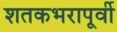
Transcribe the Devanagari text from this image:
शतकभरापूर्वी